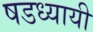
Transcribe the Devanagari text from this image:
षडध्यायी